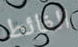
الغائط